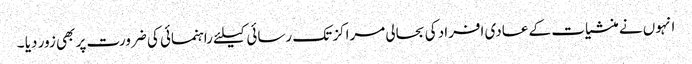
انہوں نے منشیات کے عادی افراد کی بحالی مراکز تک رسائی کیلئے راہنمائی کی ضرورت پر بھی زور دیا ۔